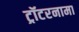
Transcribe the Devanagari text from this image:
ट्रॉटरनामा